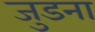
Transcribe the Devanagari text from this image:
जुडना